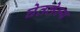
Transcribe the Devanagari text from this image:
घेतलेल्य